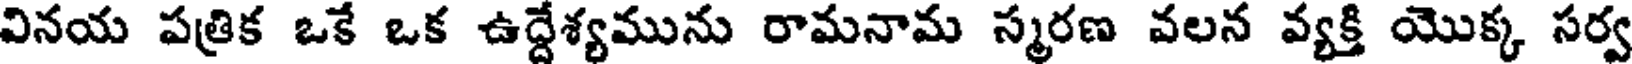
వినయ పత్రిక ఒకే ఒక ఉద్దేశ్యమును రామనామ స్మరణ వలన వ్యక్తి యొక్క సర్వ